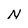
Character: N